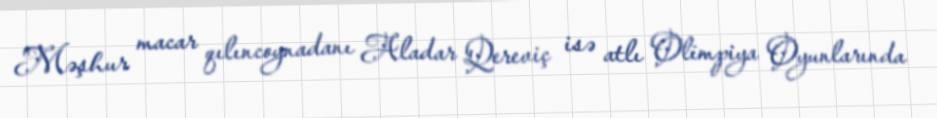
Məşhur macar qılıncoynadanı Aladar Qereviç isə atlı Olimpiya Oyunlarında